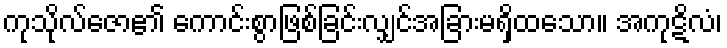
ကုသိုလ်ဇော၏ ကောင်းစွာဖြစ်ခြင်းလျှင်အခြားမရှိထသော။ အကုဋိလံ၊